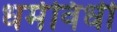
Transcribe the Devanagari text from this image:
धर्मविधी